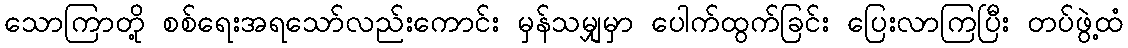
သောကြာတို့ စစ်ရေးအရသော်လည်းကောင်း မှန်သမျှမှာ ပေါက်ထွက်ခြင်း ပြေးလာကြပြီး တပ်ဖွဲ့ထံ